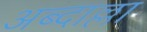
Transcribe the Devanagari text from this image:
अब्दाल्ला